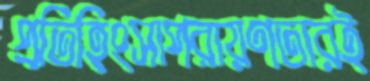
প্রতিহিংসাপরায়ণতারই